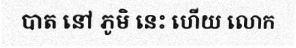
បាត នៅ ភូមិ នេះ ហើយ លោក